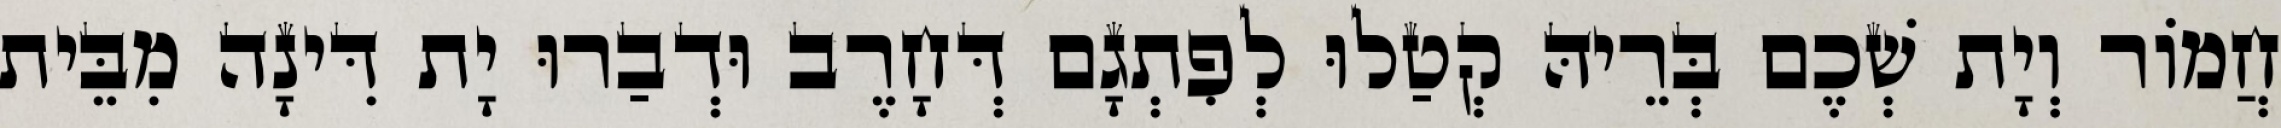
חֲמוֹר וְיָת שְׁכֶם בְּרֵיהּ קְטַלוּ לְפִתְגָם דְּחָרֶב וּדְבַרוּ יָת דִּינָה מִבֵּית